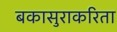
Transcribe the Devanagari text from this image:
बकासुराकरिता